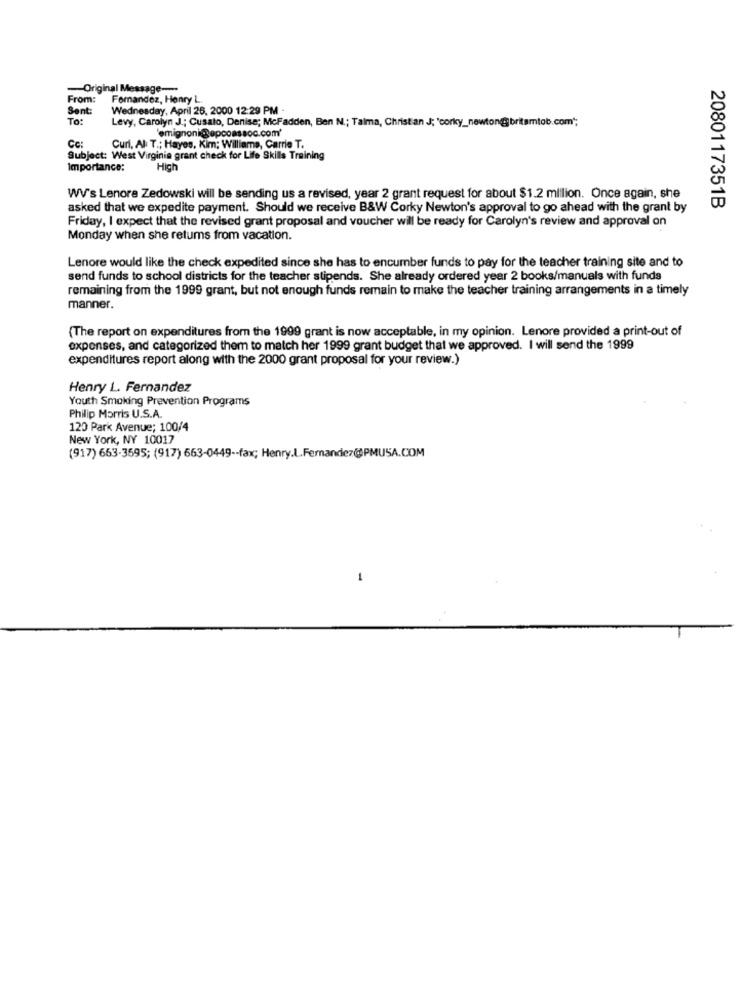
Original Message ----
From:
Fomandez, Henry L.
Sent:
Wednesday, April 26, 2000 12:29 PM -
To:
Levy, Carolyn J .; Cusato, Denise; McFadden, Ben N .; Talma, Christ an J; 'corky_newton@britamtob.com";
'emignoni@epcoassoc.com'
Cc:
Curi, Al T .; Hayes, Kim; Williams, Carrie T.
Subject: West Virginia grant check for Life Skills Training
Importance:
High
WV's Lenore Zedowski will be sending us a revised, year 2 grant request for about $1.2 million. Once again, she
asked that we expedite payment. Should we receive B&W Corky Newton's approval to go ahead with the grant by
2080117351B
Friday, I expect that the revised grant proposal and voucher will be ready for Carolyn's review and approval on
Monday when she retums from vacation.
Lenore would like the check expedited since she has to encumber funds to pay for the teacher training site and to
send funds to school districts for the teacher stipends. She already ordered year 2 books/manuals with funds
remaining from the 1999 grant, but not enough funds remain to make the teacher training arrangements in a timely
manner.
(The report on expenditures from the 1999 grant is now acceptable, in my opinion. Lenore provided a print-out of
expenses, and categorized them to match her 1999 grant budget that we approved. I will send the 1999
expenditures report along with the 2000 grant proposal for your review.)
Henry L. Fernandez
Youth Smoking Prevention Programs
Philip Morris U.S.A.
120 Park Avenue; 100/4
New York, NY 10017
(917) 663-3595; (917) 663-0449 -- fax; Henry.L.Fernandez@PMUSA.COM
-